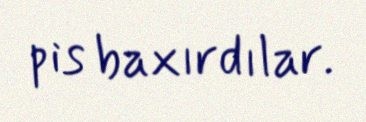
pis baxırdılar.